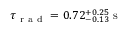
\tau _ { \mathrm { ~ r ~ a ~ d ~ } } = 0 . 7 2 _ { - 0 . 1 3 } ^ { + 0 . 2 5 } \mathrm { ~ s ~ }